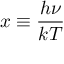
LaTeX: x \equiv { \frac { h \nu } { k T } }